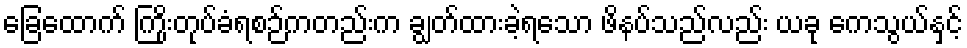
ခြေထောက် ကြိုးတုပ်ခံရစဉ်ကတည်းက ချွတ်ထားခဲ့ရသော ဖိနပ်သည်လည်း ယခု ကေသွယ်နှင့်